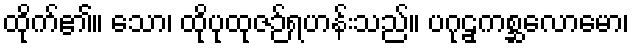
ထိုက်၏။ သော၊ ထိုပုထုဇဉ်ရဟန်းသည်။ ပဂုဠှကစ္ဆလောမော၊